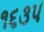
૧૬૩૫